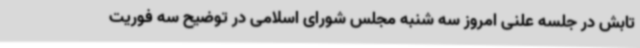
تابش در جلسه علنی امروز سه شنبه مجلس شورای اسلامی در توضیح سه فوریت